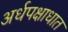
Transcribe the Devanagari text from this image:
अर्धपक्षाधात